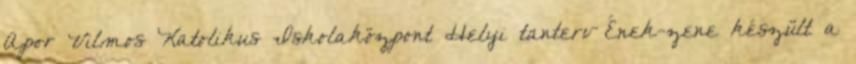
Apor Vilmos Katolikus Iskolaközpont Helyi tanterv Ének-zene készült a